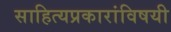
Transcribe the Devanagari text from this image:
साहित्यप्रकारांविषयी